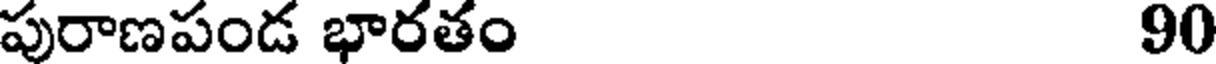
పురాణపండ భారతం 90